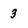
Character: 3